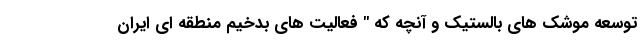
توسعه موشک های بالستیک و آنچه که " فعالیت های بدخیم منطقه ای ایران